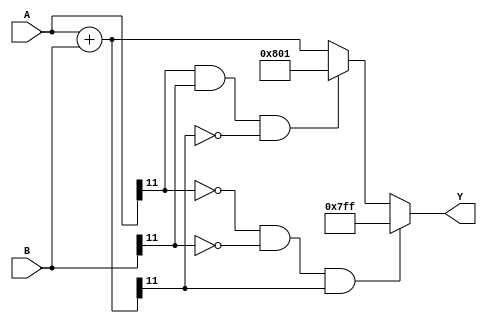
`timescale 1ns / 1ps
//////////////////////////////////////////////////////////////////////////////////
// Company: 
// Engineer: 
// 
// Design Name: 
// Module Name:    Suma_128 
// Project Name: 
// Target Devices: 
// Tool versions: 
// Description: 
//
// Dependencies: 
//
// Revision: 
// Revision 0.01 - File Created
// Additional Comments: 
//
//////////////////////////////////////////////////////////////////////////////////
module Suma_128#(parameter Width = 12)							// Parametros 
				(
				input wire signed [Width-1:0] A,B,			//Definir entradas
				output reg signed [Width-1:0] Y     		//Define salidas
				);		
						
		reg signed [Width-1:0] Aux; 			//Variable auxiliar para realizar calculos

		localparam [Width:0]//Extremos de los overflow y underflow
		
			maximo = 2**(Width-1)-1,
			minimo = 2**(Width-1)+1;	
		
		
		always @*
				Aux = A+B;
			
		always @*
			begin
			 	if (~A[Width-1] && ~B[Width-1] && Aux[Width-1])     //Verificacin de overflow 
					Y = maximo;
					
				else if (A[Width-1] && B[Width-1] && ~Aux[Width-1]) //Verificacin de overflow 
					Y = minimo;
									
				else
					Y = Aux;
				
			end
endmodule